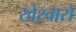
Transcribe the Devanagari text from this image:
खेरवारों